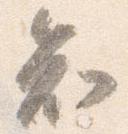
知